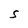
Character: S